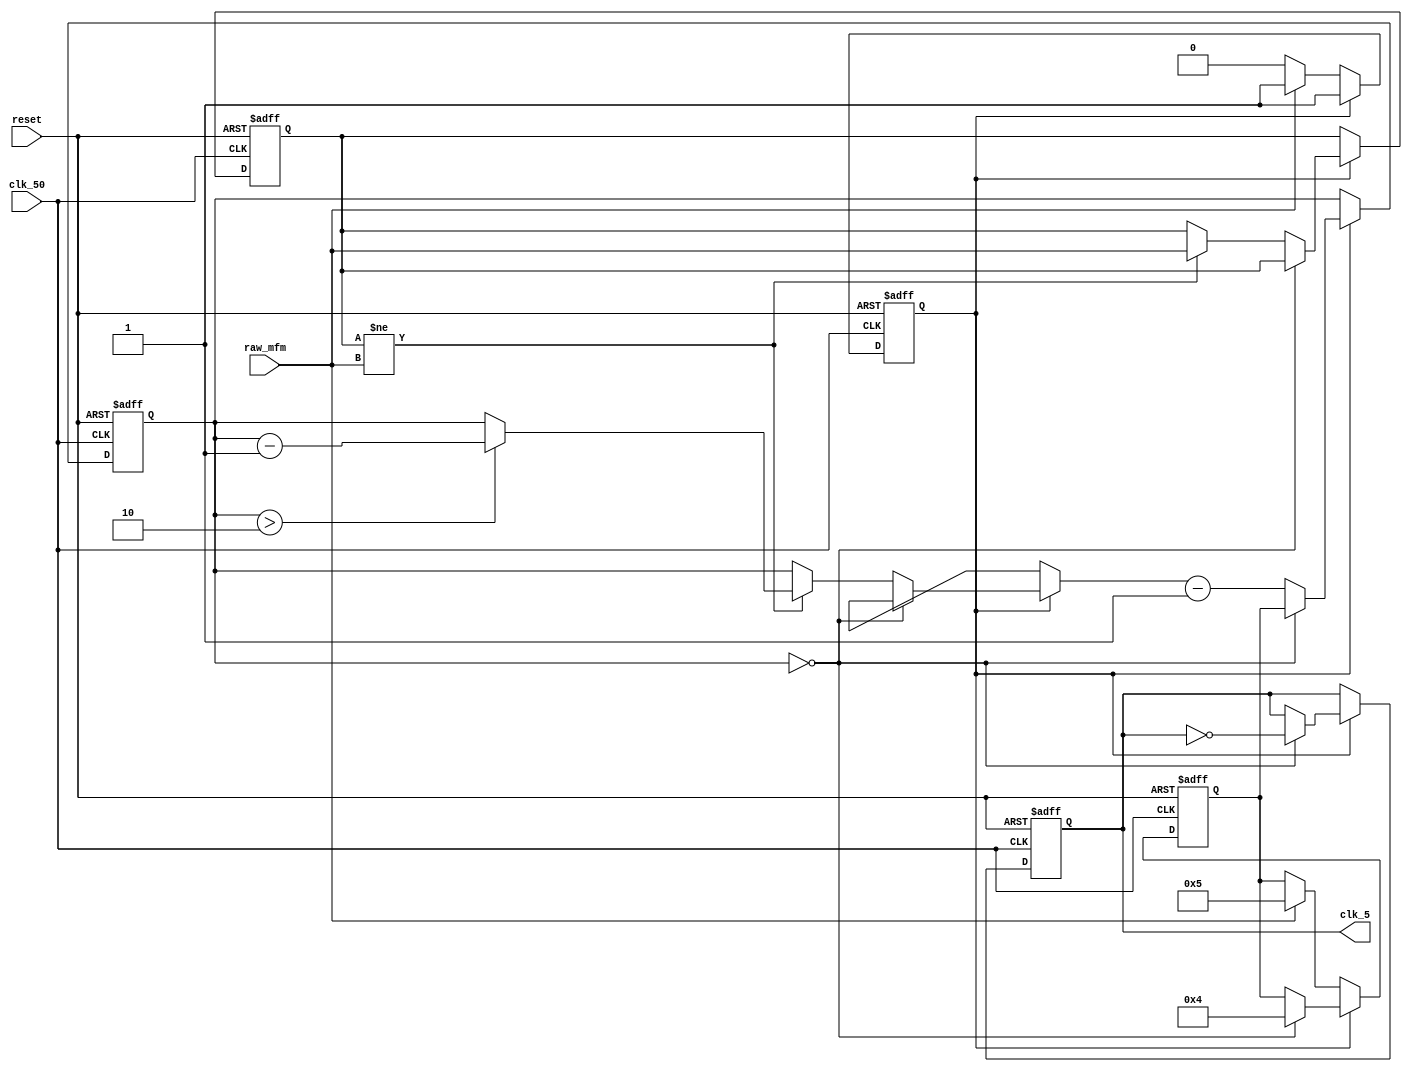
module MFM_DPLL (reset, clk_50, raw_mfm, clk_5);

   input reset;             // Reset line, active low
   input clk_50;            // 50 MHz system clock
   input raw_mfm;           // Raw MFM data

   output clk_5;            // 5 MHz clock, sync'ed on MFM data

   reg clk_5;               // Register holding the state of clk_5
   reg [3:0] div_counter;   // Divide-by-ten counter (1/2 cycle)
   reg [3:0] next_counter;  // How long is our next 1/2 cycle?
   reg first_sync;          // Have we ever found an MFM pulse?
   reg mfm_state;           // State of the MFM input

   // Number of ull 50MHz cycles per 1/2 5 MHz cycle.
   parameter COUNTER_VAL = 4;

   always @(posedge clk_50 or negedge reset) begin
      if (~reset) begin
         first_sync = 0;
         div_counter = 0;
         mfm_state = 0;
         clk_5 = 0;
         next_counter = COUNTER_VAL;
      end



      else if (!first_sync) begin
         // It's important to align our first rising edge pulse
         // with an MFM pulse. It might be clock, or it might be data,
         // we don't care -- as long as we align with it. Until then,
         // do nothing.
         if (raw_mfm) begin
            first_sync = 1;
            next_counter = COUNTER_VAL + 1;
         end
      end
      else if (div_counter == 0) begin
         // Reset the clock divider counter and toggle the 5 MHz
         // clock.
         div_counter = next_counter;
         next_counter = COUNTER_VAL;
         clk_5 = ~clk_5;
      end
      else begin
         //
         // If the MFM clock is earlier or later than we expect it,
         //lengthen or shorten the clock width to compensate and
         //re-sync.
         //
         // The idea here is to maintain a lag behind the MFM clock by close
         // to 1/2 a bit cell (MFM bits will be read in the decoder on both
         // rising and falling edges of this 5 MHz clock, so we can't be
         // right on top of the MFM bit cells)
         //
         if (mfm_state != raw_mfm) begin
            mfm_state = raw_mfm;
            if (div_counter > 2)
              div_counter = div_counter - 1;
            else if (div_counter == 0)
              next_counter = COUNTER_VAL + 1;
         end

        // Just count down.
        div_counter = div_counter - 1;
      end
   end

endmodule